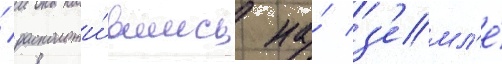
/ расположи́вшись на́ з'емл'е́